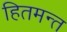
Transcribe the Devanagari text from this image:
हितमन्त